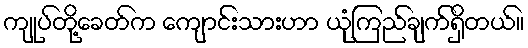
ကျုပ်တို့ခေတ်က ကျောင်းသားဟာ ယုံကြည်ချက်ရှိတယ်။